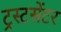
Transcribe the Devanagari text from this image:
ट्रस्टसेंटर